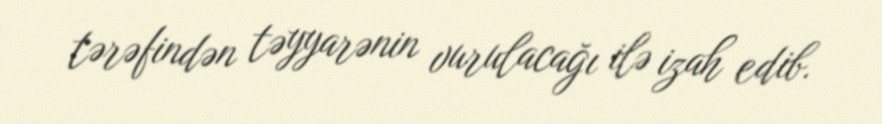
tərəfindən təyyarənin vurulacağı ilə izah edib.